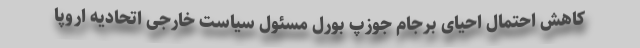
کاهش احتمال احیای برجام جوزپ بورل مسئول سیاست خارجی اتحادیه اروپا